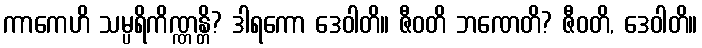
ကာကေဟိ သမ္ပရိကိဏ္ဏန္တိ? ဒါရကော ဒေဝါတိ။ ဇီဝတိ ဘဏေတိ? ဇီဝတိ, ဒေဝါတိ။